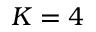
K = 4